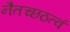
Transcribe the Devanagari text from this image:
नैतच्छठत्वं